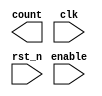
module counter(count,enable,clk,rst_n);  
  input enable,clk,rst_n;  
  output reg[3:0] count;  
  always @(posedge clk or negedge rst_n)  
  begin  
   if(~rst_n) counter <= 4'b0000;  
   else if(enable)  
    counter <= counter + 4'b0001;  
  end  
 endmodule